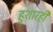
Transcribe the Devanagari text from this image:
हुशारही